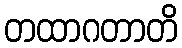
တထာဂတာတိ